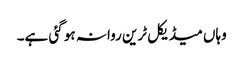
وہاں میڈیکل ٹرین روانہ ہو گئی ہے۔